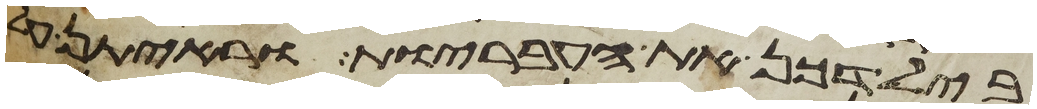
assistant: בילדכן את העבריות וראיתן